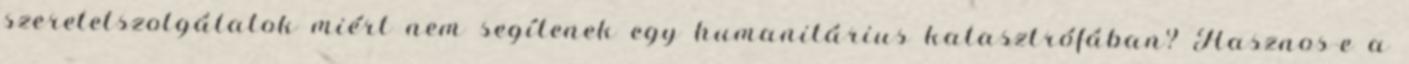
szeretetszolgálatok miért nem segítenek egy humanitárius katasztrófában? Hasznos-e a